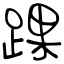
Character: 踝